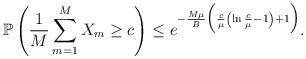
LaTeX: \begin{align*}\mathbb{P} \left( \frac{1}{M} \sum_{m=1}^M X_m \geq c \right) \leq e^{-\frac{M \mu}{B} \Big( \frac{c}{\mu}\left(\ln\frac{c}{\mu} - 1 \right)+1\Big)}.\end{align*}